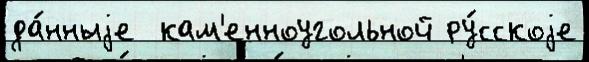
да́нныjе  кам'енноугольной ру́сскоjе